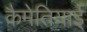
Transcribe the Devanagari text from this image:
कैमेतियाई